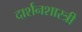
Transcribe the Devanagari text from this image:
दार्शनशास्त्री